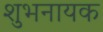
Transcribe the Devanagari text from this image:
शुभनायक